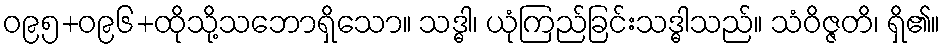
ဝ၉၅+ဝ၉၆+ထိုသို့သဘောရှိသော။ သဒ္ဓါ၊ ယုံကြည်ခြင်းသဒ္ဓါသည်။ သံဝိဇ္ဇတိ၊ ရှိ၏။